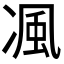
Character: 𭂖